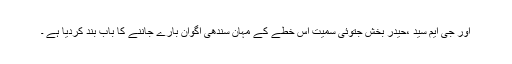
اور جی ایم سید ،حیدر بخش جتوئی سمیت اس خطے کے مہان سندھی اگوان بارے جاننے کا باب بند کردیا ہے ۔